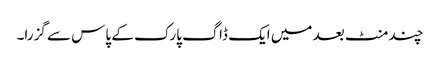
چند منٹ بعد میں ایک ڈاگ پارک کے پاس سے گزرا۔